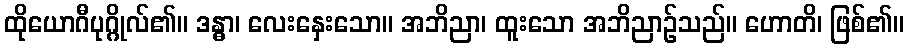
ထိုယောဂီပုဂ္ဂိုလ်၏။ ဒန္ဓာ၊ လေးနှေးသော။ အဘိညာ၊ ထူးသော အဘိညာဉ်သည်။ ဟောတိ၊ ဖြစ်၏။